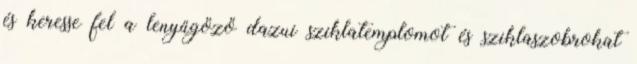
és keresse fel a lenyűgöző dazui sziklatemplomot és sziklaszobrokat